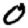
Digit: 0